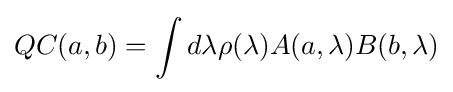
QC(a,b)=\int d\lambda \rho (\lambda )A(a,\lambda )B(b,\lambda )